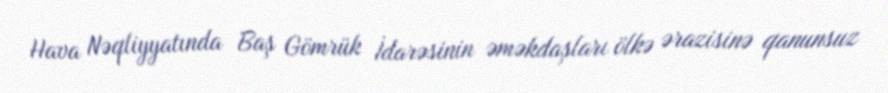
Hava Nəqliyyatında Baş Gömrük İdarəsinin əməkdaşları ölkə ərazisinə qanunsuz